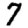
Digit: 7